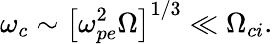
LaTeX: \omega_{c}\sim\left[\omega_{pe}^{2}\Omega\right]^{1/3}\ll\Omega_{ci}.